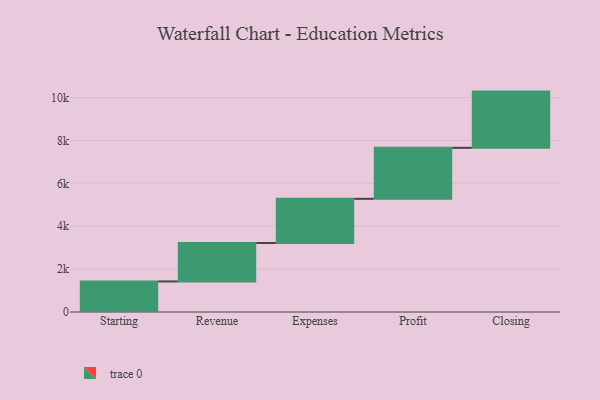
{"axis": {"x": "Step", "y": "Value"}, "legend": [""], "data": [{"x": "Starting", "y": 1425.0, "type": ""}, {"x": "Revenue", "y": 1793.0, "type": ""}, {"x": "Expenses", "y": 2060.0, "type": ""}, {"x": "Profit", "y": 2378.0, "type": ""}, {"x": "Closing", "y": 2621.0, "type": ""}]}